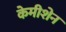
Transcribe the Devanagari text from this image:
केमीशेन